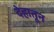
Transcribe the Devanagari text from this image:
देहातून